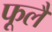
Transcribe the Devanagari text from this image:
फूलै